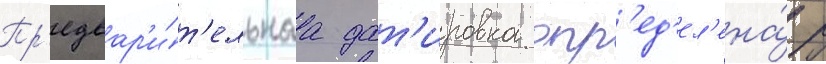
Пр'едвар'и́т'ельнаа дат'ировка опр'ед'ел'ена́ р